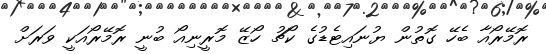
ރޮމޭރޯއާ ބެހޭ ގޮތުން ޔުނައިޓެޑުގެ ކޯޗު ހޯޒޭ މޮރީނިއޯ ބުނީ ރޮމޭރޯއަކީ ވަރަށް